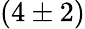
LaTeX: (4\pm 2)